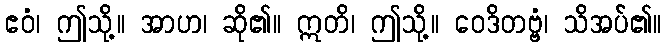
ဧဝံ၊ ဤသို့။ အာဟ၊ ဆို၏။ ဣတိ၊ ဤသို့။ ဝေဒိတဗ္ဗံ၊ သိအပ်၏။